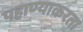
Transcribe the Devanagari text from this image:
पहाण्याकरता